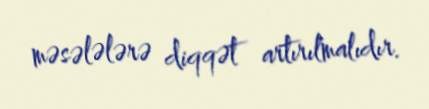
məsələlərə diqqət artırılmalıdır.